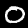
Digit: 0